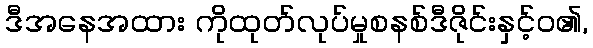
ဒီအနေအထား ကိုထုတ်လုပ်မှုစနစ်ဒီဇိုင်းနှင့်ဝ၏,